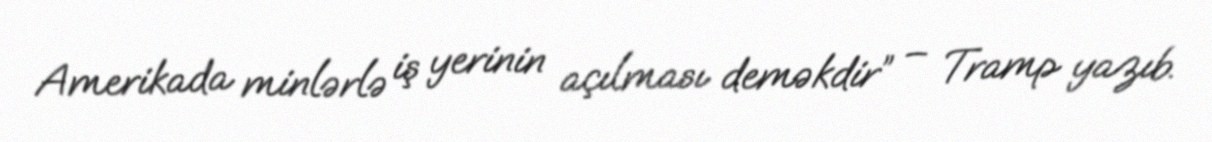
Amerikada minlərlə iş yerinin açılması deməkdir” – Tramp yazıb.